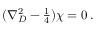
( \nabla _ { D } ^ { 2 } - { \textstyle \frac { 1 } { 4 } } ) \chi = 0 \, .